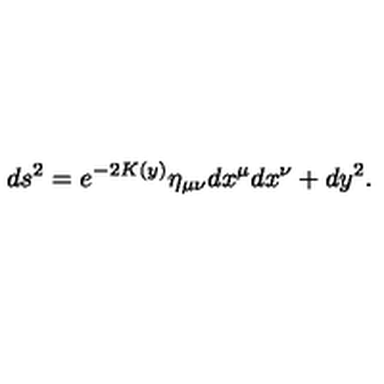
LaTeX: d s ^ { 2 } = e ^ { - 2 K ( y ) } \eta _ { \mu \nu } d x ^ { \mu } d x ^ { \nu } + d y ^ { 2 } .